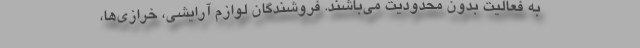
به فعالیت بدون محدودیت می‌باشند. فروشندگان لوازم آرایشی، خرازی‌ها،